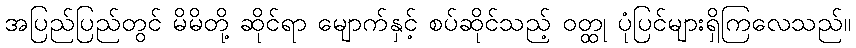
အပြည်ပြည်တွင် မိမိတို့ ဆိုင်ရာ မျောက်နှင့် စပ်ဆိုင်သည့် ဝတ္ထု ပုံပြင်များရှိကြလေသည်။